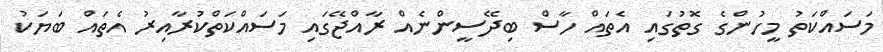
މަސައްކަތު މީހުންގެ ގޮތުގައި އެތައް ހާސް ބިދޭސީންނެއް ރާއްޖޭގައި މަސައްކަތްކުރާއިރު އެތައް ބަޔަކު